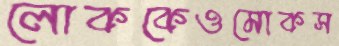
লোককেওমোকস